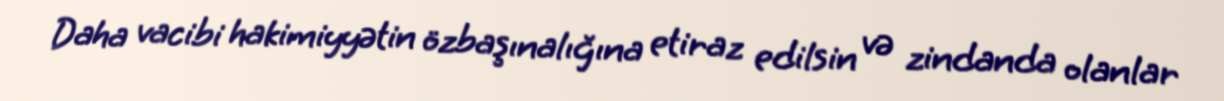
Daha vacibi hakimiyyətin özbaşınalığına etiraz edilsin və zindanda olanlar